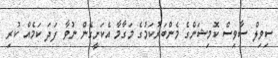
ސިވިލް ސާވިސް ކޮމިޝަންގެ މެންބަރުކަމުގެ މަގާމާ އެކަށީގެން ނުވާ ފަދަ ކަމެއް ކުރި